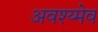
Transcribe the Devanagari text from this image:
अवश्य्मेव